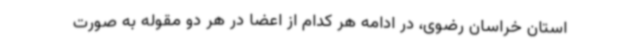
استان خراسان رضوی، در ادامه هر کدام از اعضا در هر دو مقوله به صورت